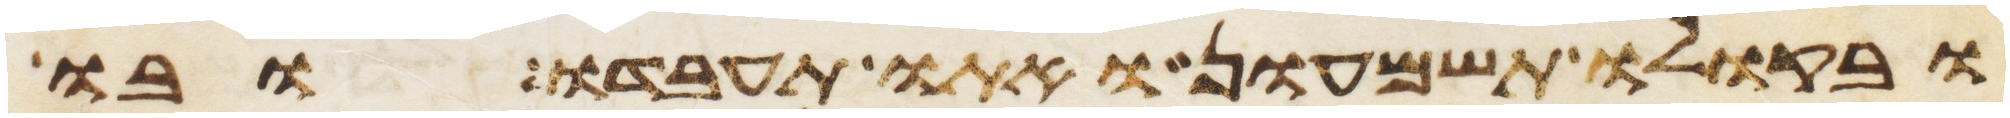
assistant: ובקולו תשמעון ואתו תעבדו ובו